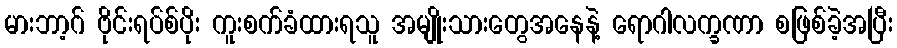
မားဘာ့ဂ် ဗိုင်းရပ်စ်ပိုး ကူးစက်ခံထားရသူ အမျိုးသားတွေအနေနဲ့ ရောဂါလက္ခဏာ စဖြစ်ခဲ့အပြီး